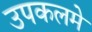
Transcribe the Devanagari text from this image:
उपकलमे